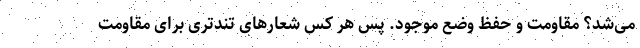
می‌شد؟ مقاومت و حفظ وضع موجود. پس هر کس شعارهای تندتری برای مقاومت